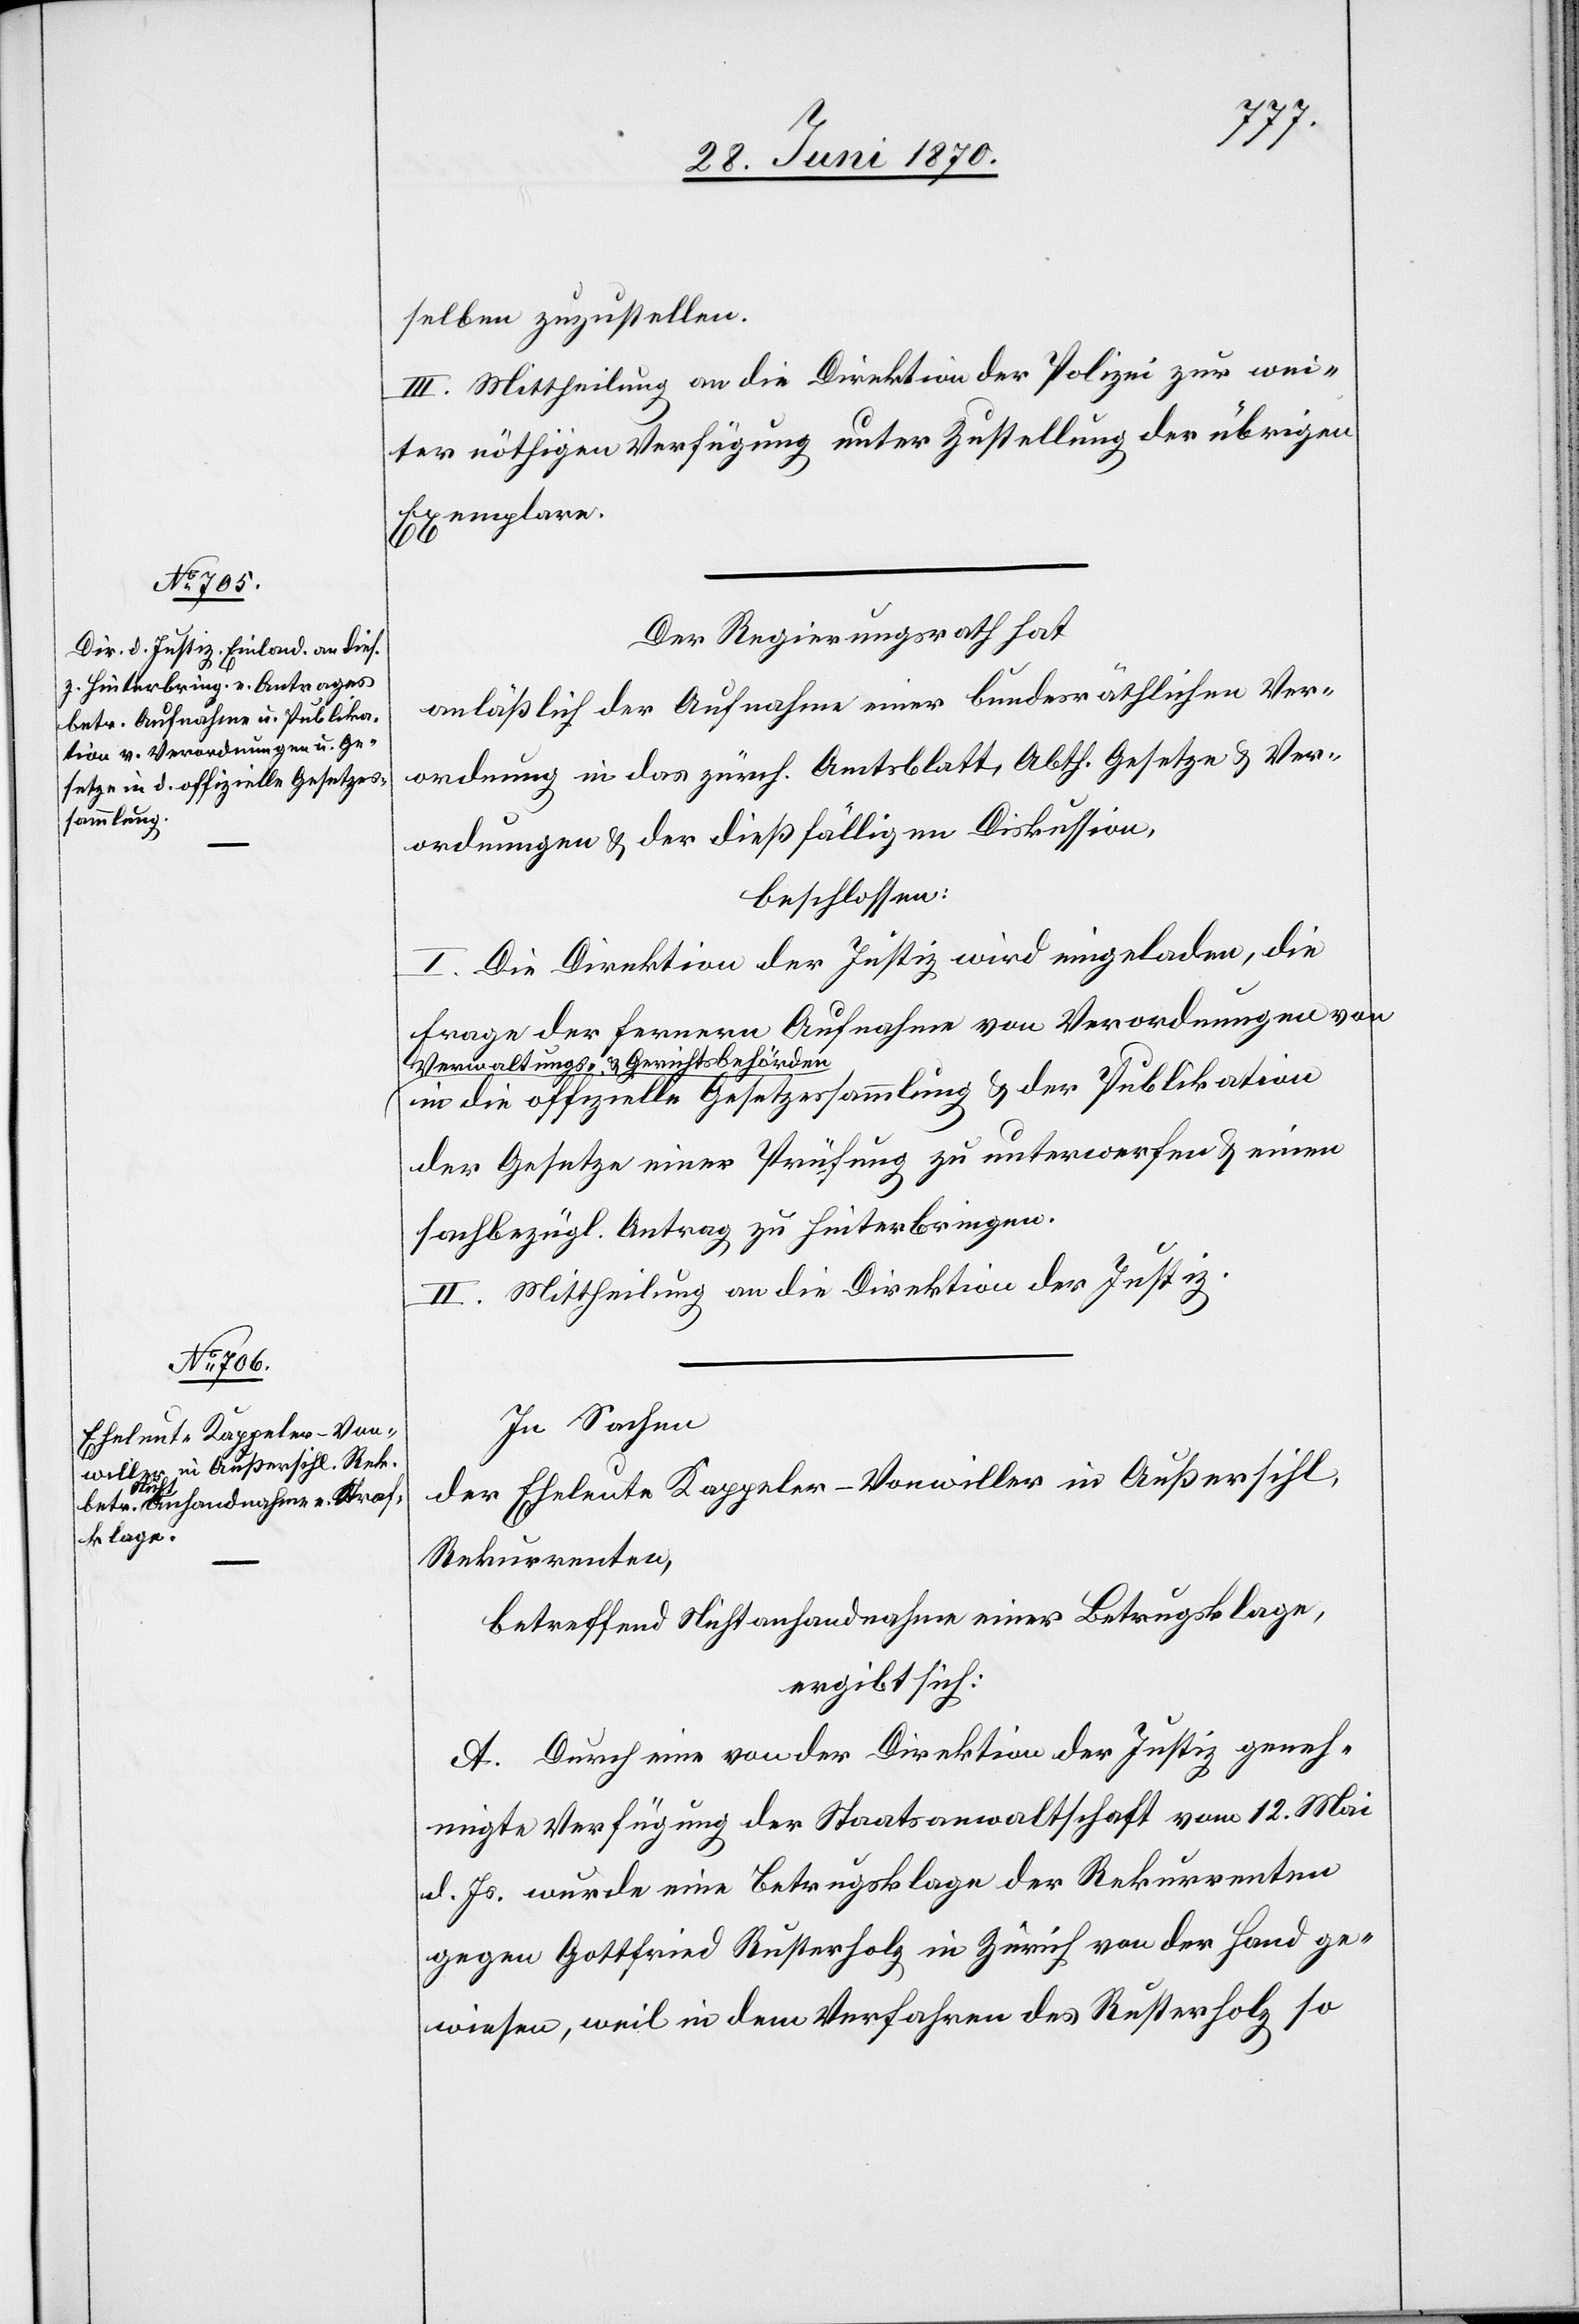
selben zuzustellen.
III. Mittheilung an die Direktion der Polizei zur wei¬
ter nöthigen Verfügung unter Zustellung der übrigen
Exemplare.
Der Regierungsrath hat
anläßlich der Aufnahme einer bundesräthlichen Ver¬
ordnung in das zürch. Amtsblatt, Abth. Gesetze & Ver¬
ordnungen & der dießfälligen Diskussion,
beschlossen:
I. Die Direktion der Justiz wird eingeladen, die
Frage der ferneren Aufnahme von Verordnungen von
a-Verwaltungs- & Gerichtsbehörden-a
in die offizielle Gesetzessammlung & der Publikation
der Gesetze einer Prüfung zu unterwerfen & einen
sachbezügl. Antrag zu hinterbringen.
II. Mittheilung an die Direktion der Justiz.
In Sachen
der Eheleute Kappeler-Vonwiller in Außersihl,
Rekurrenten,
betreffend Nichtanhandnahme einer Betrugsklage,
ergibt sich:
A. Durch eine von der Direktion der Justiz geneh¬
migte Verfügung der Staatsanwaltschaft vom 12. Mai
d. Js. wurde eine Betrugsklage der Rekurrenten
gegen Gottfried Rusterholz in Zürich von der Hand ge¬
wiesen, weil in dem Verfahren des Rusterholz so